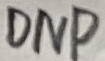
Text: DNP